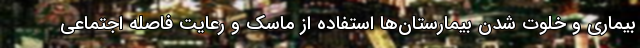
بیماری و خلوت شدن بیمارستان‌ها استفاده از ماسک و رعایت فاصله اجتماعی